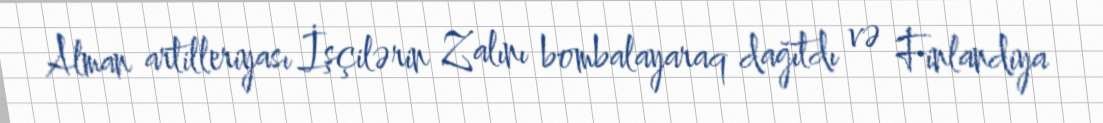
Alman artilleriyası İşçilərin Zalını bombalayaraq dağıtdı və Finlandiya